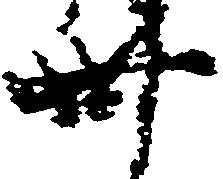
卅